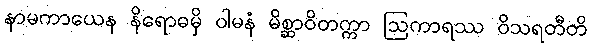
နာမကာယေန နိရောဓမှိ ဝါမနံ မိစ္ဆာဝိတက္ကာ ဩကာရဿ ဝိသရတီတိ